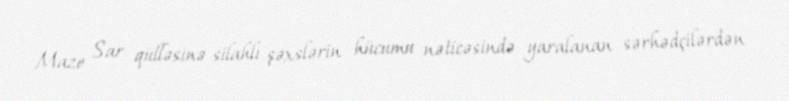
Maze Sar qülləsinə silahlı şəxslərin hücumu nəticəsində yaralanan sərhədçilərdən